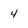
Character: 4